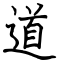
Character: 道